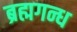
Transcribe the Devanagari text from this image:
ब्रह्मगन्ध